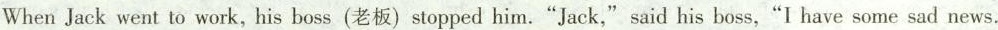
When Jack went to work,his boss(老板)stopped him."Jack," said his boss,"I have some sad news.